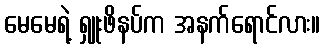
မေမေရဲ့ ရှူးဖိနပ်က အနက်ရောင်လား။